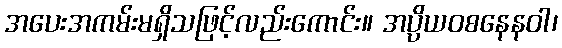
အပေးအကမ်းမရှိသဖြင့်လည်းကောင်း။ အပ္ပိယဝစနေနဝါ၊